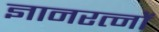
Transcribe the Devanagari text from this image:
ज्ञानरत्नों